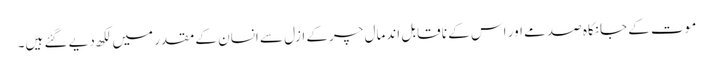
موت کے جانکاہ صدمے اور اس کے نا قابل اندمال چرکے ازل سے انسان کے مقدر میں لکھ دیے گئے ہیں۔